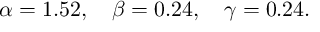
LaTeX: \alpha = 1 . 5 2 , ~ ~ ~ \beta = 0 . 2 4 , ~ ~ ~ \gamma = 0 . 2 4 .